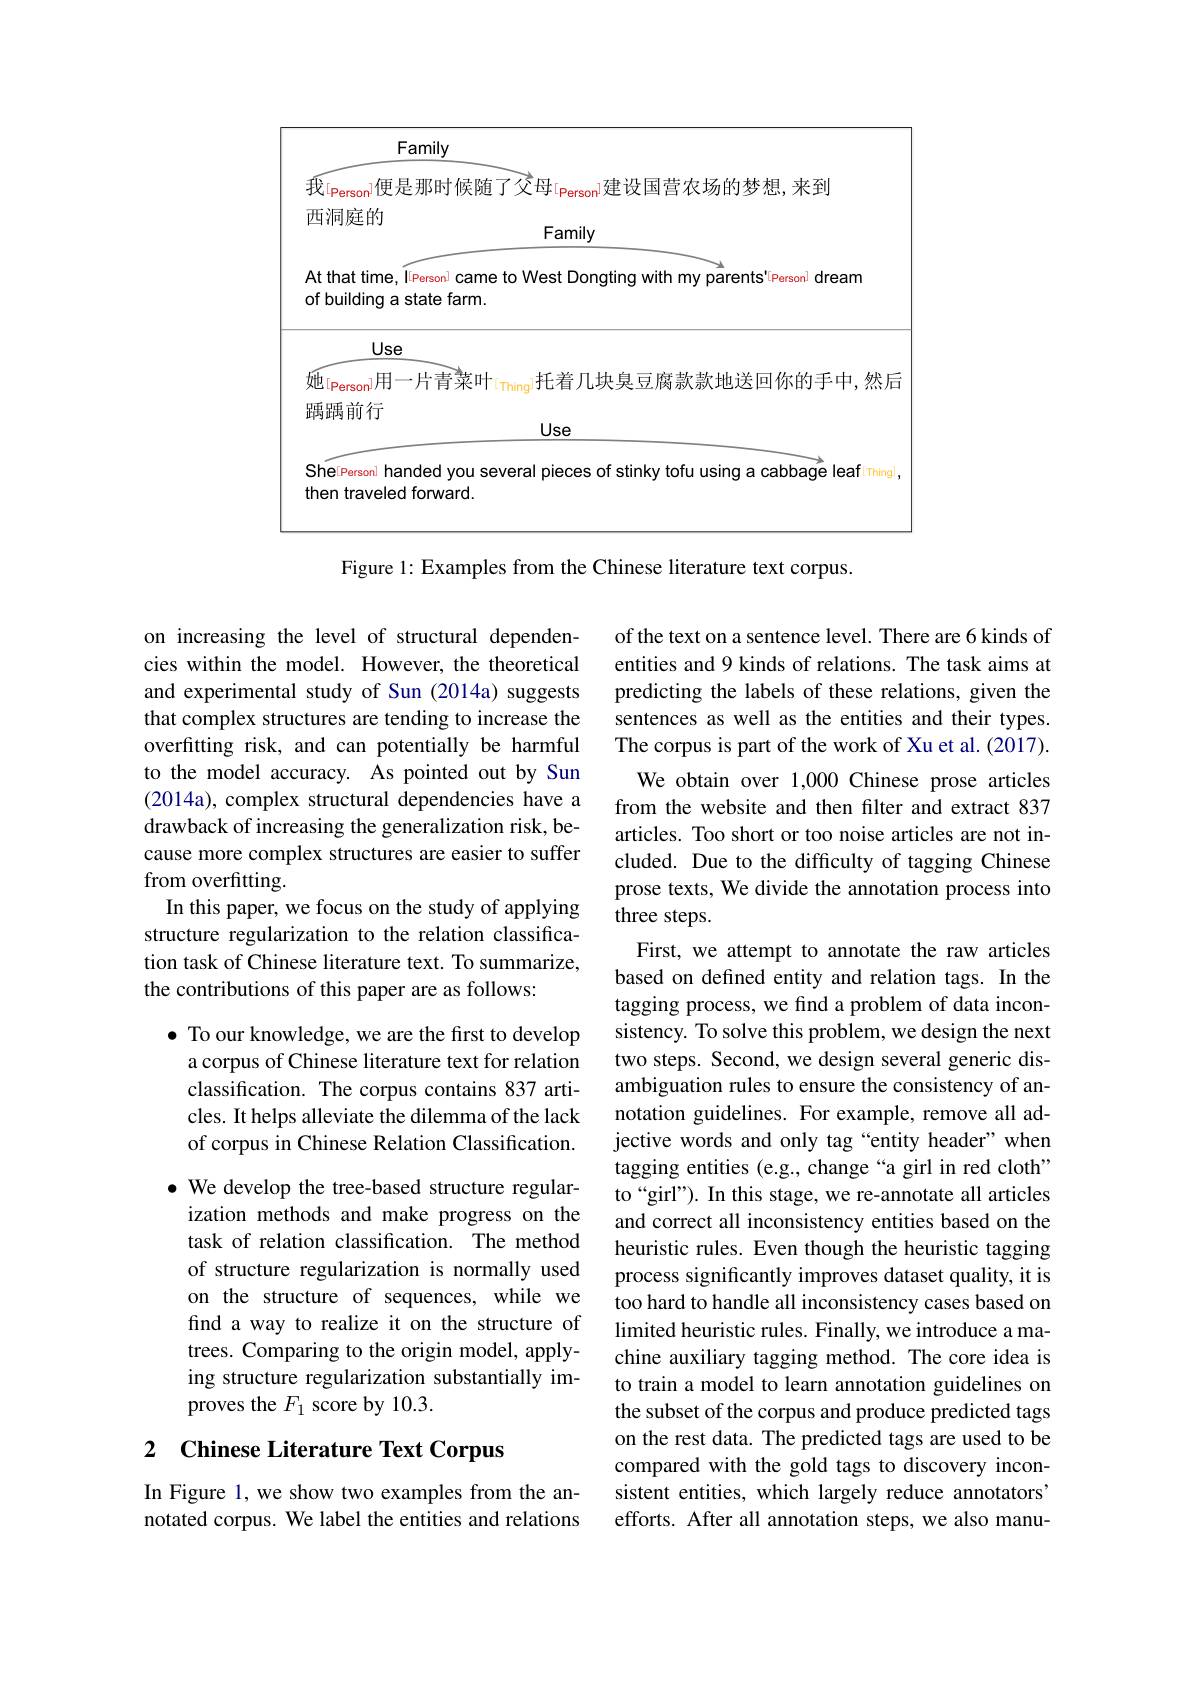
<FigureHere>

Figure 1: Examples from the Chinese literature text corpus.

on increasing the level of structural dependencies within the model. However, the theoretical and experimental study of Sun (2014a) suggests that complex structures are tending to increase the overfitting risk, and can potentially be harmful to the model accuracy. As pointed out by Sun (2014a), complex structural dependencies have a drawback of increasing the generalization risk, because more complex structures are easier to suffer from overfitting.
In this paper, we focus on the study of applying structure regularization to the relation classification task of Chinese literature text. To summarize, the contributions of this paper are as follows:

$\bullet$ To our knowledge, we are the first to develop a corpus of Chinese literature text for relation classification. The corpus contains 837 articles. It helps alleviate the dilemma of the lack of corpus in Chinese Relation Classification.

$\bullet$ We develop the tree-based structure regularization methods and make progress on the task of relation classification. The method of structure regularization is normally used on the structure of sequences, while we find a way to realize it on the structure of trees. Comparing to the origin model, applying structure regularization substantially improves the $F_1$ score by 10.3.

## 2 Chinese Literature Text Corpus

In Figure 1, we show two examples from the annotated corpus. We label the entities and relations

of the text on a sentence level. There are 6 kinds of entities and 9 kinds of relations. The task aims at predicting the labels of these relations, given the sentences as well as the entities and their types. The corpus is part of the work of Xu et al. (2017). We obtain over 1,000 Chinese prose articles from the website and then filter and extract 837 articles. Too short or too noise articles are not included. Due to the difficulty of tagging Chinese prose texts, We divide the annotation process into three steps.
First, we attempt to annotate the raw articles based on defined entity and relation tags. In the tagging process, we find a problem of data inconsistency. To solve this problem, we design the next two steps. Second, we design several generic disambiguation rules to ensure the consistency of annotation guidelines. For example, remove all adjective words and only tag “entity header” when tagging entities (e.g., change“a girl in red cloth” to“girl”). In this stage, we re-annotate all articles and correct all inconsistency entities based on the heuristic rules. Even though the heuristic tagging process significantly improves dataset quality, it is too hard to handle all inconsistency cases based on limited heuristic rules. Finally, we introduce a machine auxiliary tagging method. The core idea is to train a model to learn annotation guidelines on the subset of the corpus and produce predicted tags on the rest data. The predicted tags are used to be compared with the gold tags to discovery inconsistent entities, which largely reduce annotators" efforts. After all annotation steps, we also manu-